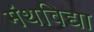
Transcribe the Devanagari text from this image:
मंथविद्या